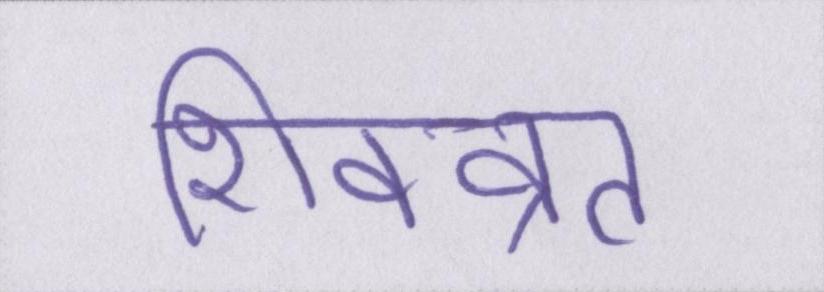
शिवव्रत